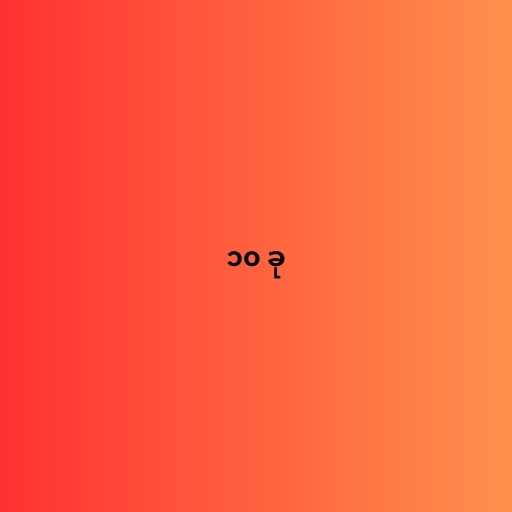
၁၀ ခု